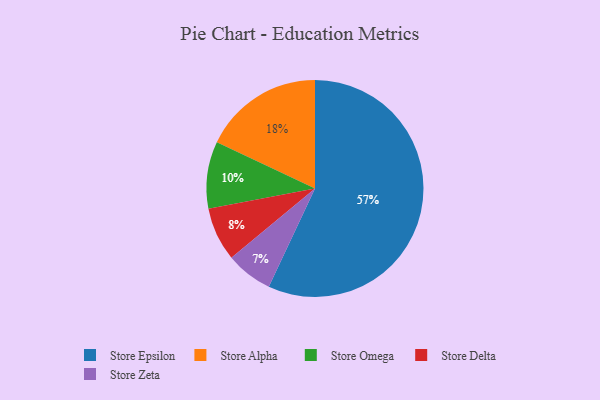
{"axis": {"x": "Category", "y": "Percentage"}, "legend": ["Store Alpha", "Store Delta", "Store Epsilon", "Store Omega", "Store Zeta"], "data": [{"x": "Store Omega", "y": 10, "type": "Store Omega"}, {"x": "Store Alpha", "y": 18, "type": "Store Alpha"}, {"x": "Store Delta", "y": 8, "type": "Store Delta"}, {"x": "Store Zeta", "y": 7, "type": "Store Zeta"}, {"x": "Store Epsilon", "y": 57, "type": "Store Epsilon"}]}